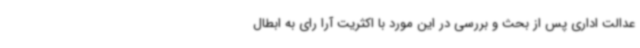
عدالت اداری پس از بحث و بررسی در این مورد با اکثریت آرا رای به ابطال